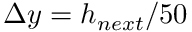
\Delta y = h _ { n e x t } / 5 0